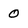
Character: 0